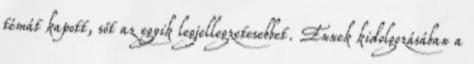
témát kapott, sőt az egyik legjellegzetesebbet. Ennek kidolgozásában a